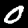
Label: 0